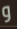
و